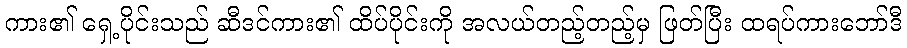
ကား၏ ရှေ့ပိုင်းသည် ဆီဒင်ကား၏ ထိပ်ပိုင်းကို အလယ်တည့်တည့်မှ ဖြတ်ပြီး ထရပ်ကားဘော်ဒီ